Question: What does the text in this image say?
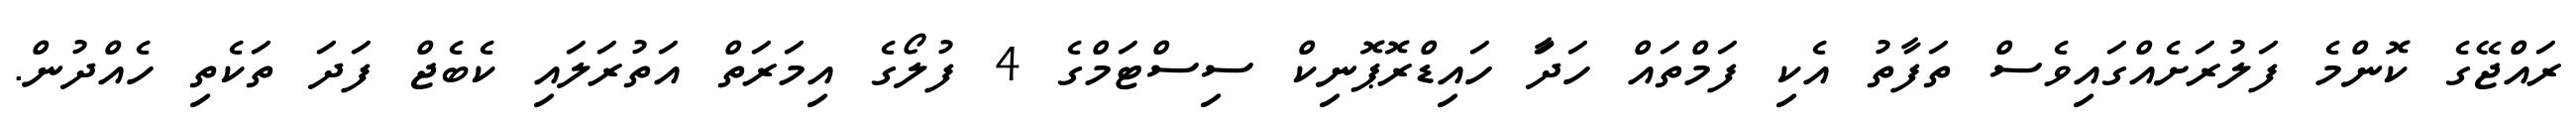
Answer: ރައްޖޭގެ ކޮންމެ ފަލުރަށެއްގައިވެސް ތަފާތު އެކި ފަމްތައް ހަދަާ ހައިޑްރޮޕޮނިކް ސިސްޓަމްގެ 4 ފުލޯގެ އިމަރަތް އަތުރަލައި ކެބެޖް ފަދަ ތަކެތި ހެއްދުން.